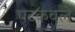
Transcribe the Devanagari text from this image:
पटकवले